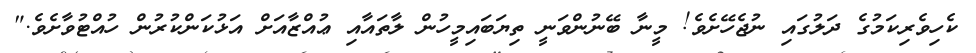
ކެހިވެރިކަމުގެ ދަލުގައި ނުޖެހޭށެވެ! މީނާ ބޭނުންވަނީ ތިޔަބައިމީހުން ލާތައާއި ޢުއްޒާއަށް އަޅުކަންކުރުން ހުއްޓުވާށެވެ."